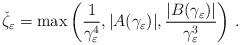
LaTeX: \begin{align*}\check{\zeta}_\varepsilon=\max\left(\frac{1}{\gamma_\varepsilon^4}, |A(\gamma_\varepsilon)|,\frac{|B(\gamma_\varepsilon)|}{\gamma_\varepsilon^3} \right)\,.\end{align*}